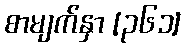
စာမျက်နှာ [၃၆၁]